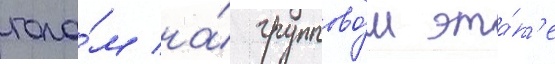
гола́м на́ группово́м эта́п'е